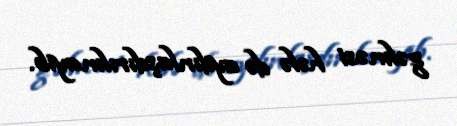
gəlməsi hələ də aydınlaşdırılmayıb.